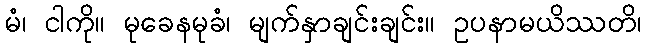
မံ၊ ငါကို။ မုခေနမုခံ၊ မျက်နှာချင်းချင်း။ ဥပနာမယိဿတိ၊